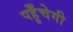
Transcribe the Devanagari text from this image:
पहुँचेगी